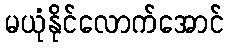
မယုံနိုင်လောက်အောင်